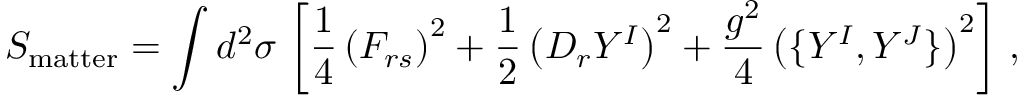
S _ { \mathrm { m a t t e r } } = \int d ^ { 2 } \sigma \, \left[ \frac { 1 } { 4 } \left( F _ { r s } \right) ^ { 2 } + \frac { 1 } { 2 } \left( D _ { r } Y ^ { I } \right) ^ { 2 } + \frac { g ^ { 2 } } { 4 } \left( \{ Y ^ { I } , Y ^ { J } \} \right) ^ { 2 } \right] \, ,